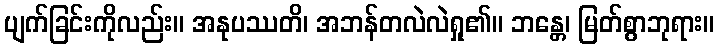
ပျက်ခြင်းကိုလည်း။ အနုပဿတိ၊ အဘန်တလဲလဲရှု၏။ ဘန္တေ၊ မြတ်စွာဘုရား။